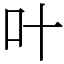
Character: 叶